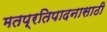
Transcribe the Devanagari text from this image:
मतप्रतिपादनासाठी